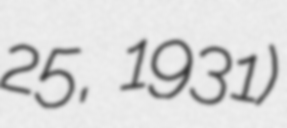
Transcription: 25, 1931)